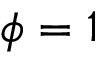
\phi = 1